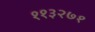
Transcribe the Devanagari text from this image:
११३२७१